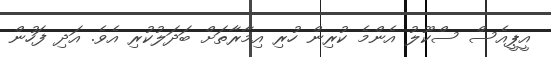
އީޕީއެސް ސްކޫލު އެންމެ ކުރިން ހުރި އިމާރާތަށް ބަދަލުކުރި އެވެ. އަދި ފަހުން